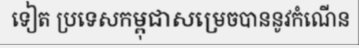
ទៀត ប្រទេសកម្ពុជាសម្រេចបាននូវកំណើន